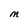
Character: M